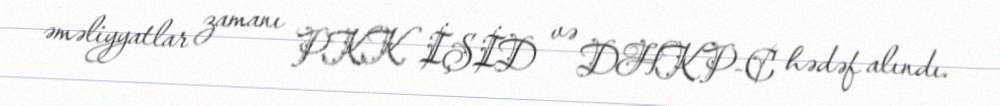
əməliyyatlar zamanı PKK, İŞİD və DHKP-C hədəf alındı.